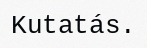
Kutatás.